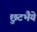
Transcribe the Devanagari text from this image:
छुटभैये